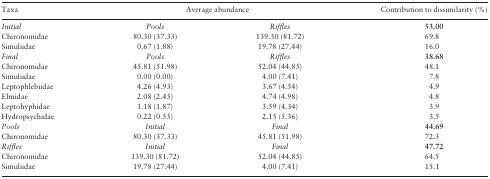
<table><thead><tr><td><b>Taxa</b></td><td colspan="2"><b>Average abundance</b></td><td><b>Contribution to dissimilarity (%)</b></td></tr></thead><tbody><tr><td><i>Initial</i></td><td><i>Pools</i></td><td><i>Riffles</i></td><td><b>53.00</b></td></tr><tr><td>Chironomidae</td><td>80.30 (37.33)</td><td>139.30 (81.72)</td><td>69.8</td></tr><tr><td>Simuliidae</td><td>0.67 (1.88)</td><td>19.78 (27.44)</td><td>16.0</td></tr><tr><td><i>Final</i></td><td><i>Pools</i></td><td><i>Riffles</i></td><td><b>38.68</b></td></tr><tr><td>Chironomidae</td><td>45.81 (51.98)</td><td>52.04 (44.85)</td><td>48.1</td></tr><tr><td>Simuliidae</td><td>0.00 (0.00)</td><td>4.00 (7.41)</td><td>7.8</td></tr><tr><td>Leptophlebiidae</td><td>4.26 (4.93)</td><td>3.67 (4.54)</td><td>4.9</td></tr><tr><td>Elmidae</td><td>2.08 (2.45)</td><td>4.74 (4.98)</td><td>4.8</td></tr><tr><td>Leptohyphidae</td><td>1.18 (1.87)</td><td>3.59 (4.34)</td><td>3.9</td></tr><tr><td>Hydropsychidae</td><td>0.22 (0.55)</td><td>2.15 (5.36)</td><td>3.5</td></tr><tr><td><i>Pools</i></td><td><i>Initial</i></td><td><i>Final</i></td><td><b>44.69</b></td></tr><tr><td>Chironomidae</td><td>80.30 (37.33)</td><td>45.81 (51.98)</td><td>72.3</td></tr><tr><td><i>Riffles</i></td><td><i>Initial</i></td><td><i>Final</i></td><td><b>47.72</b></td></tr><tr><td>Chironomidae</td><td>139.30 (81.72)</td><td>52.04 (44.85)</td><td>64.5</td></tr><tr><td>Simuliidae</td><td>19.78 (27.44)</td><td>4.00 (7.41)</td><td>15.1</td></tr></tbody></table>